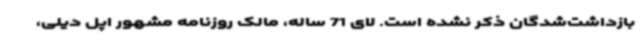
بازداشت‌شدگان ذکر نشده است. لای 71 ساله، مالک روزنامه مشهور اپل دیلی،